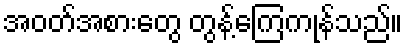
အဝတ်အစားတွေ တွန့်ကြေကုန်သည်။